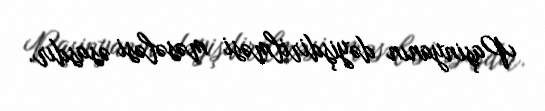
Paşinyanın dəyişdirilməsi məsələsi əsasdır.